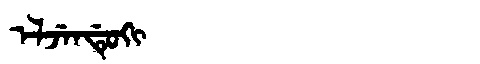
Manchu: ᡝᠯᠵᡝᠨᡩᡠᡴᡳ
Romanization: ELJENDUKI